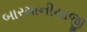
બારમાનીયાજી